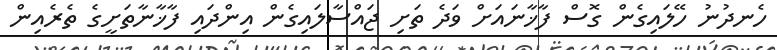
ހެނދުނު ހޭލައިގެން ގޮސް ފާޚާނައަށް ވަދެ ތަށި ޖައްސާލައިގެން އިންދައި ފާޚާނާތަށީގެ ތެރެއިން